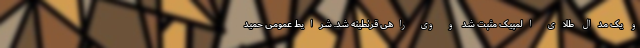
و یک مدال طلای المپیک مثبت شد و وی راهی قرنطینه شد. شرایط عمومی حمید